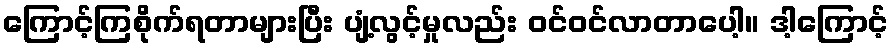
ကြောင့်ကြစိုက်ရတာများပြီး ပျံ့လွင့်မှုလည်း ဝင်ဝင်လာတာပေါ့။ ဒါ့ကြောင့်